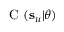
\mathrm { ~ C ~ } ( \mathbf { s } _ { u } | \boldsymbol { \theta } )